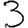
Digit: 3